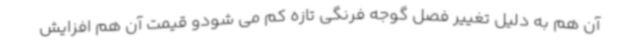
آن هم به دلیل تغییر فصل گوجه فرنگی تازه کم می شودو قیمت آن هم افزایش